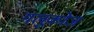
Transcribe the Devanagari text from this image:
गलूकोज